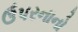
ઉપરનાનો